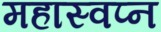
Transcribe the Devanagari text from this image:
महास्‍वप्‍न